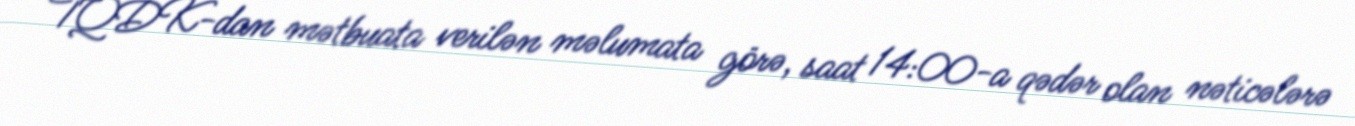
TQDK-dan mətbuata verilən məlumata görə, saat 14:00-a qədər olan nəticələrə